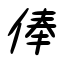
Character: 俸